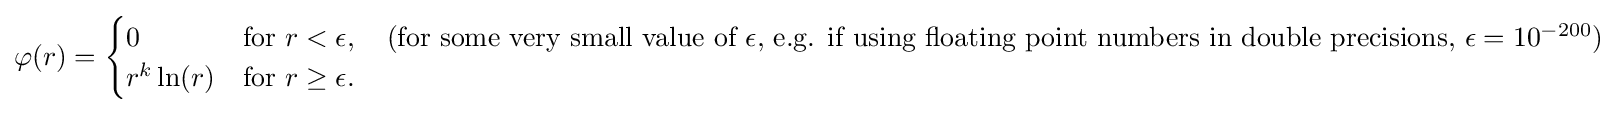
\varphi (r)={\begin{cases}0&{\text{for }}r<\epsilon ,\quad {\text{(for some very small value of }}\epsilon {\text{, e.g. if using floating point numbers in double precisions, }}\epsilon =10^{-200}{\text{)}}\\r^{k}\ln(r)&{\text{for }}r\geq \epsilon .\end{cases}}